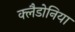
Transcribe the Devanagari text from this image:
क्लैडोनिया